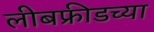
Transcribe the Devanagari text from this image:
लीबफ्रीडच्या